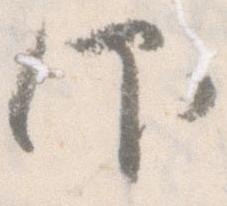
仰